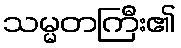
သမ္မတကြီး၏